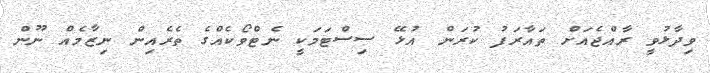
ވިދާޅުވީ ރާއްޖެއަށް ތައާރަފު ކުރަން އުޅޭ ސިސްޓަމަކީ ނެޓްވޯކެއްގެ ތެރެއިން ނިޒާމެއް ނޫން